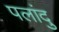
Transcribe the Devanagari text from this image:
पलांदु